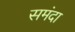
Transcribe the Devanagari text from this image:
समंदा